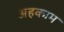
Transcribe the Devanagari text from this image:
अहकाम